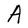
Character: A